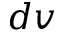
d \boldsymbol { v }